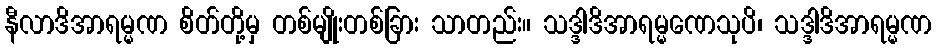
နီလာဒိအာရမ္မဏ စိတ်တို့မှ တစ်မျိုးတစ်ခြား သာတည်း။ သဒ္ဒါဒိအာရမ္မဏေသုပိ၊ သဒ္ဒါဒိအာရမ္မဏ